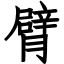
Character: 臂